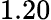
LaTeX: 1.20